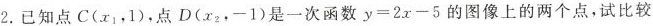
2.已知点C(x_{1}，1)，点D(x_{2}，-1)是一次函数$$y=2x-5$$的图像上的两个点，试比较